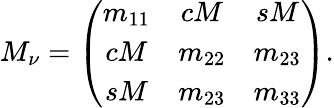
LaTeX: M_{\nu}=\left(\begin{array}{ccc}{{m_{11}}}&{{cM}}&{{sM}}\\ {{cM}}&{{m_{22}}}&{{m_{23}}}\\ {{sM}}&{{m_{23}}}&{{m_{33}}}\end{array}\right).